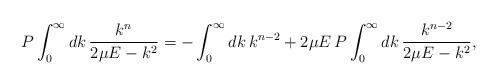
LaTeX: \begin{align*}P\int_0^\infty dk \, \frac{k^{n}}{2 \mu E - k^2}=-\int_0^\infty dk \,k^{n-2} + 2 \mu E \, P \int_0^\infty dk \, \frac{k^{n-2}}{2 \mu E -k^2},\end{align*}